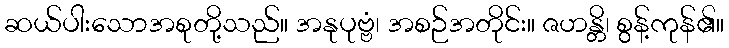
ဆယ်ပါးသောအစုတို့သည်။ အနုပုဗ္ဗံ၊ အစဉ်အတိုင်း။ ဇဟန္တိ၊ စွန့်ကုန်၏။